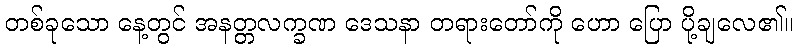
တစ်ခုသော နေ့တွင် အနတ္တလက္ခဏ ဒေသနာ တရားတော်ကို ဟော ပြော ပို့ချလေ၏။